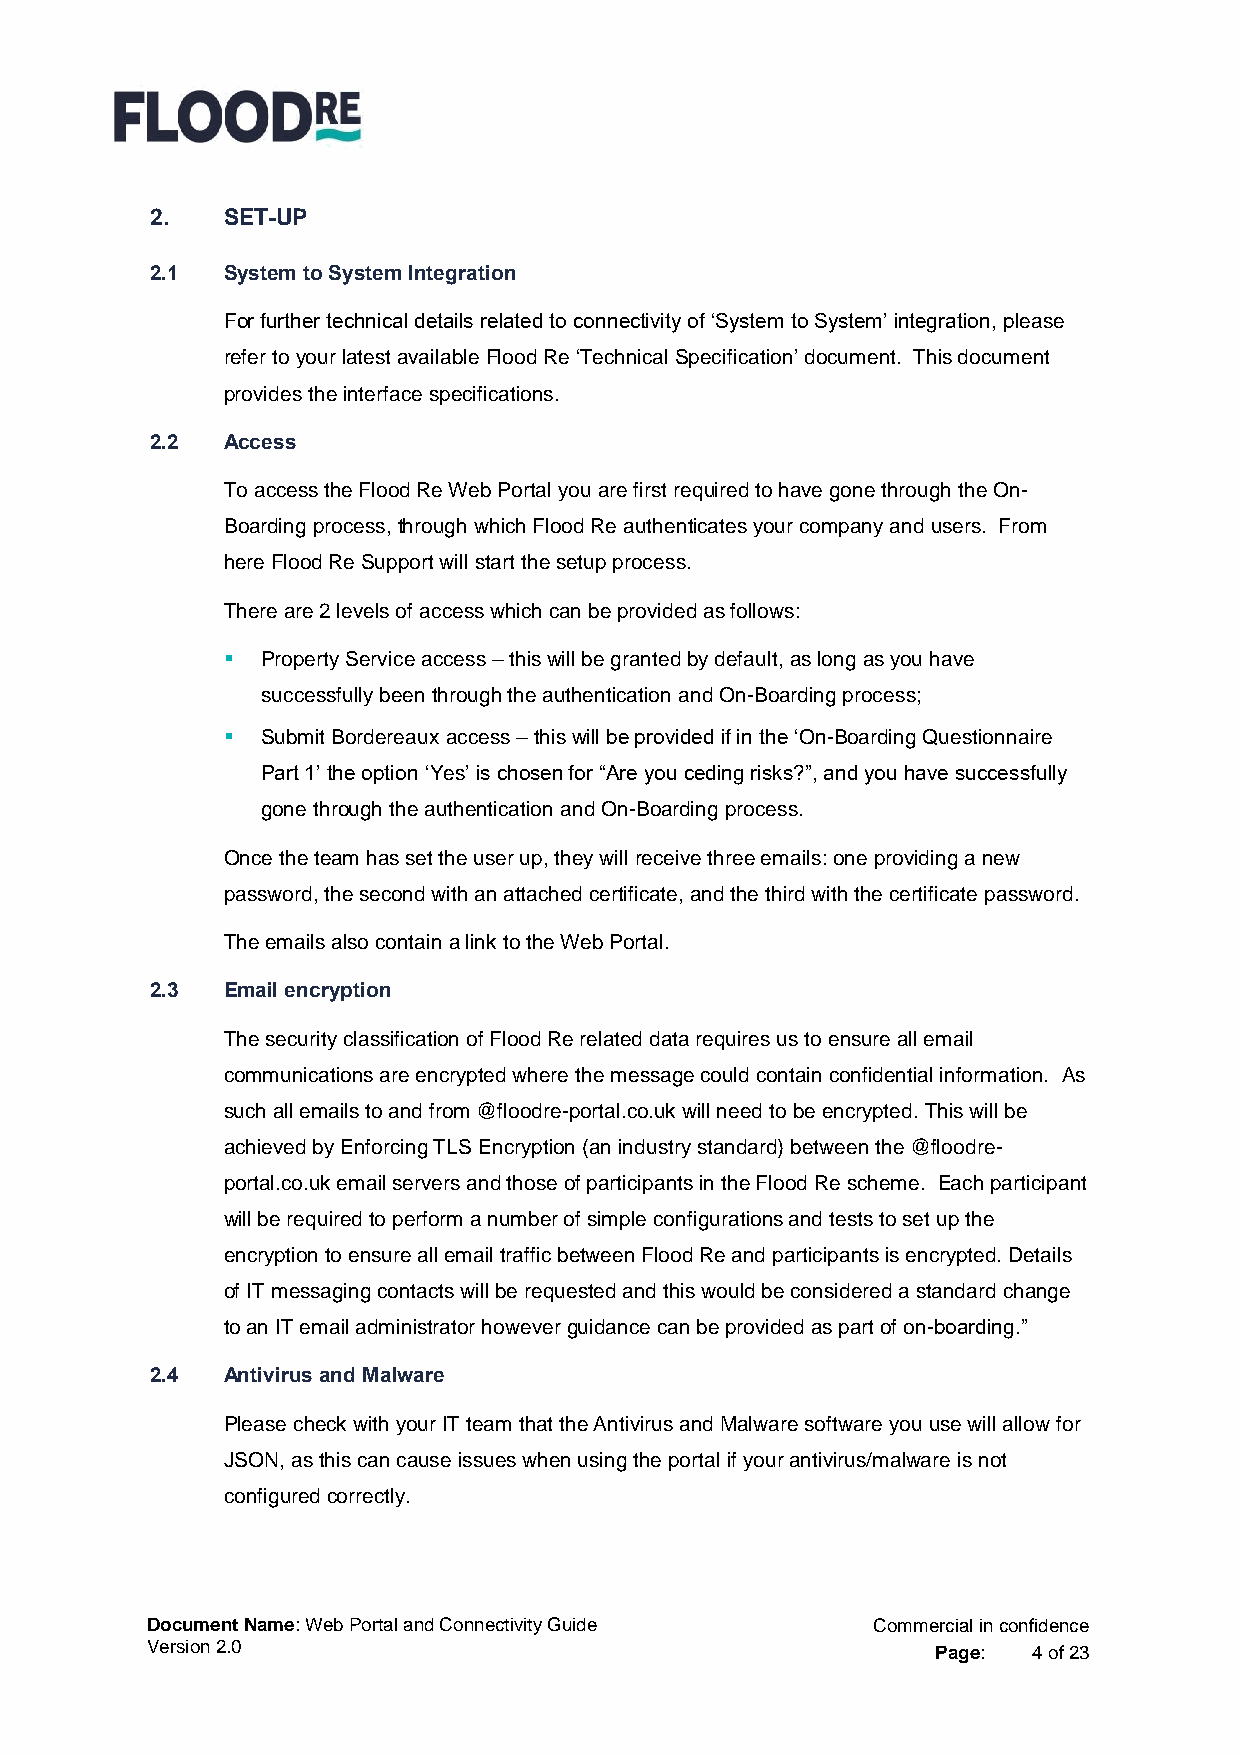
2.   SET-UP
 2.1  System to System Integration
 For further technical details related to connectivity of ‘System to System’ integration, please
 refer to your latest available Flood Re ‘Technical Specification’ document. This document
 provides the interface specifications.
 2.2  Access
 To access the Flood Re Web Portal you are first required to have gone through the On-
 Boarding process, through which Flood Re authenticates your company and users. From
 here Flood Re Support will start the setup process.
 There are 2 levels of access which can be provided as follows:
  Property Service access – this will be granted by default, as long as you have
 successfully been through the authentication and On-Boarding process;
  Submit Bordereaux access – this will be provided if in the ‘On-Boarding Questionnaire
 Part 1’ the option ‘Yes’ is chosen for “Are you ceding risks?”, and you have successfully
 gone through the authentication and On-Boarding process.
 Once the team has set the user up, they will receive three emails: one providing a new
 password, the second with an attached certificate, and the third with the certificate password.
 The emails also contain a link to the Web Portal.
 2.3  Email encryption
 The security classification of Flood Re related data requires us to ensure all email
 communications are encrypted where the message could contain confidential information. As
 such all emails to and from @floodre-portal.co.uk will need to be encrypted. This will be
 achieved by Enforcing TLS Encryption (an industry standard) between the @floodre-
 portal.co.uk email servers and those of participants in the Flood Re scheme. Each participant
 will be required to perform a number of simple configurations and tests to set up the
 encryption to ensure all email traffic between Flood Re and participants is encrypted. Details
 of IT messaging contacts will be requested and this would be considered a standard change
 to an IT email administrator however guidance can be provided as part of on-boarding.”
 2.4  Antivirus and Malware
 Please check with your IT team that the Antivirus and Malware software you use will allow for
 JSON, as this can cause issues when using the portal if your antivirus/malware is not
 configured correctly.
 Document Name: Web Portal and Connectivity Guide Commercial in confidence
 Version 2.0                                         Page: 4 of 23